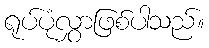
ရုပ်ပုံလွှာဖြစ်ပါသည်။